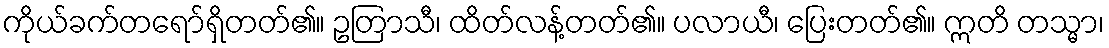
ကိုယ်ခက်တရော်ရှိတတ်၏။ ဥတြာသီ၊ ထိတ်လန့်တတ်၏။ ပလာယီ၊ ပြေးတတ်၏။ ဣတိ တသ္မာ၊